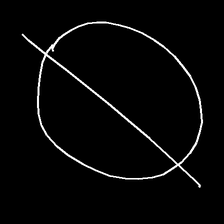
Glyph: orb